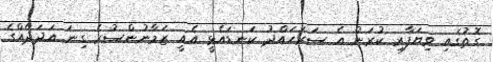
ގޮތުގައި ވިޔަފާރި ކުރަން އެ ސަރަހައްދު ކަނޑައެޅީ އެއީ ޒަމާނުންސުރެ ގިނަ އަދަދެއްގެ